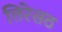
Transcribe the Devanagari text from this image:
तिरेसठ